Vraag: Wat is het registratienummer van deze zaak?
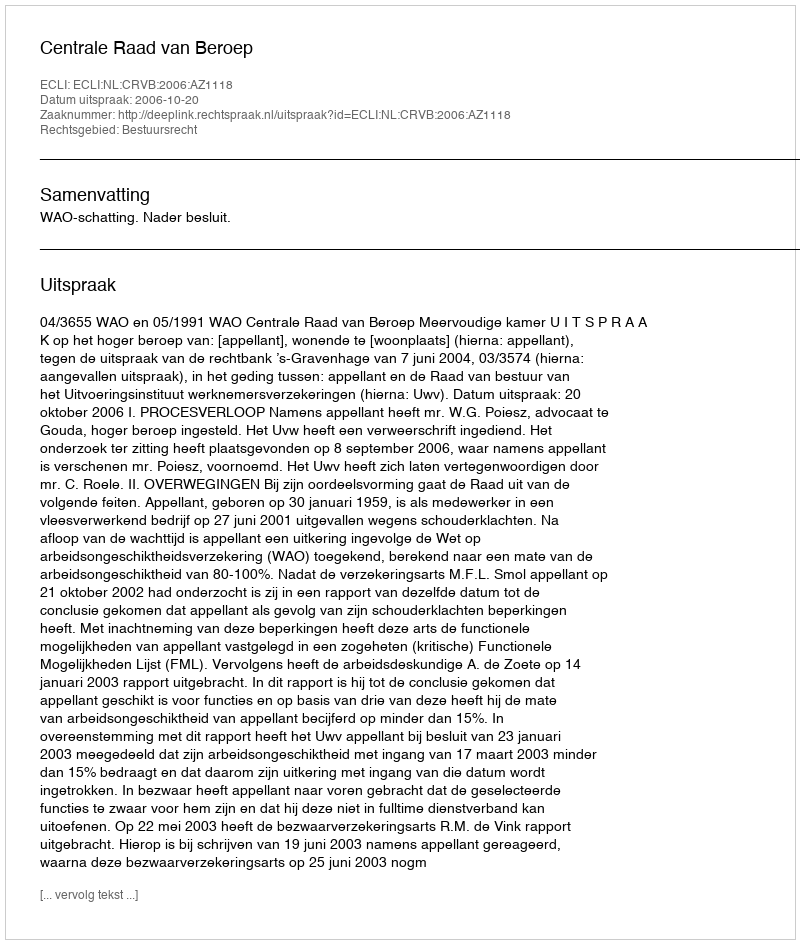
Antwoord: http://deeplink.rechtspraak.nl/uitspraak?id=ECLI:NL:CRVB:2006:AZ1118